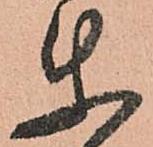
使